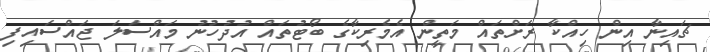
ޗައިނާ އިން ހިއްކާ ރަށްތައް މަތީން އެމެރިކާގެ ބޯޓުތައް އުދުހުނު މައްސަލަ ޖައްސައިފި